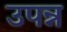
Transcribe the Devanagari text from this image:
उपन्न